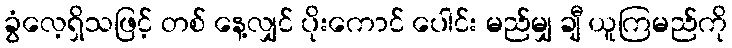
ခွံလေ့ရှိသဖြင့် တစ် နေ့လျှင် ပိုးကောင် ပေါင်း မည်မျှ ချီ ယူကြမည်ကို